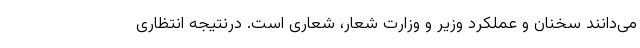
می‌دانند سخنان و عملکرد وزیر و وزارت شعار، شعاری است. درنتیجه انتظاری